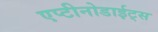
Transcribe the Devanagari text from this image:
एप्टीनोडाईट्स